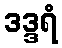
ဒဒ္ဒရံ